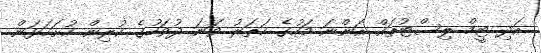
އަދި ޓީމް ލިސްޓުތައް އަންނަ މަހުގެ ހަތަރު ވަނަ ދުވަހުގެ ކުރިން ހުށަހަޅަން